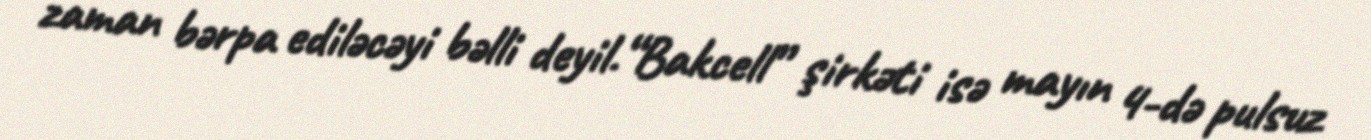
zaman bərpa ediləcəyi bəlli deyil.“Bakcell” şirkəti isə mayın 4-də pulsuz